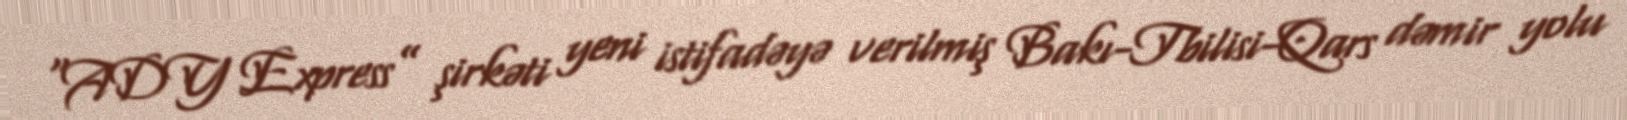
“ADY Express” şirkəti yeni istifadəyə verilmiş Bakı-Tbilisi-Qars dəmir yolu